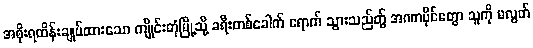
အစိုးရထိန်းချုပ်ထားသော ကျိုင်းတုံမြို့သို့ ခရီးတစ်ခေါက် ရောက် သွားသည်တွ် အဏာပိုင်တွော သူကို မလွတ်